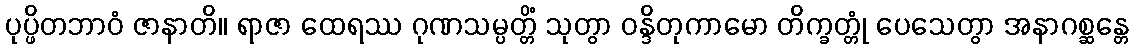
ပုပ္ဖိတဘာဝံ ဇာနာတိ။ ရာဇာ ထေရဿ ဂုဏသမ္ပတ္တိံ သုတွာ ဝန္ဒိတုကာမော တိက္ခတ္တုံ ပေသေတွာ အနာဂစ္ဆန္တေ